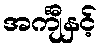
အင်္ကျီနှင့်